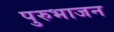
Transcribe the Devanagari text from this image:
पुरुभाजन